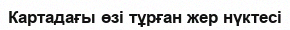
Картадағы өзі тұрған жер нүктесі